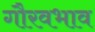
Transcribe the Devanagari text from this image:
गौरवभाव